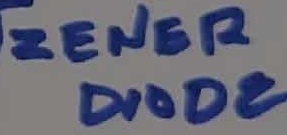
Text: ZENER DIODE